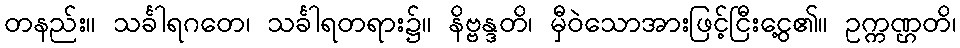
တနည်း။ သင်္ခါရဂတေ၊ သင်္ခါရတရား၌။ နိဗ္ဗန္ဒတိ၊ မှီဝဲသောအားဖြင့်ငြီးငွေ့၏။ ဥက္ကဏ္ဌတိ၊